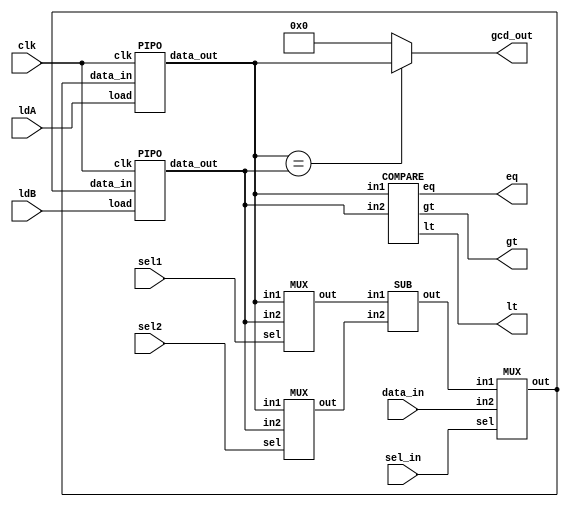
`timescale 1ns / 1ps
module data_path(gt,lt,eq,ldA,ldB,sel1,sel2,sel_in,data_in,clk,gcd_out

    );
    input [15:0] data_in;
    input ldA,ldB,sel1,sel2,sel_in,clk;
    output lt,gt,eq;
    output [15:0] gcd_out;
    wire [15:0] Aout,Bout,X,Y,bus,Sout;
    assign gcd_out = (Aout == Bout)?Aout:0;
    PIPO A(Aout,bus,ldA,clk);
    PIPO B(Bout,bus,ldB,clk);
    MUX m1(X,Aout,Bout,sel1);
    MUX m2(Y,Aout,Bout,sel2);
    MUX mux_in(bus,Sout,data_in,sel_in);
    SUB sb(Sout,X,Y);
    COMPARE CP(lt,gt,eq,Aout,Bout);
    
endmodule
module PIPO(data_out,data_in,load,clk);
input [15:0] data_in;
output reg [15:0] data_out;
input clk,load;
always @(posedge clk)
begin
if(load) data_out <= data_in;
end
endmodule
module MUX(out,in1,in2,sel,clk);
input [15:0] in1,in2;
output  [15:0] out;
input clk,sel;
assign out = sel?in2:in1;
endmodule 
module COMPARE(lt,gt,eq,in1,in2);
input [15:0] in1,in2;
output lt,gt,eq;
assign lt = (in1 < in2);
assign gt = (in1 > in2);
assign eq = (in1 == in2);
endmodule
module SUB(out,in1,in2);
input [15:0] in1,in2;
output reg [15:0] out;
always @(*)
out = in1 - in2;
endmodule